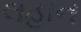
લહાન